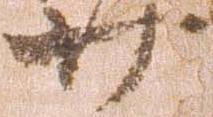
廿